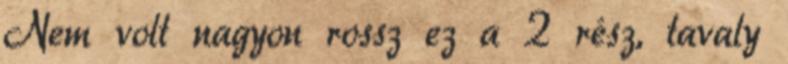
Nem volt nagyon rossz ez a 2 rész, tavaly